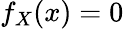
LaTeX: f_{X}(x)=0